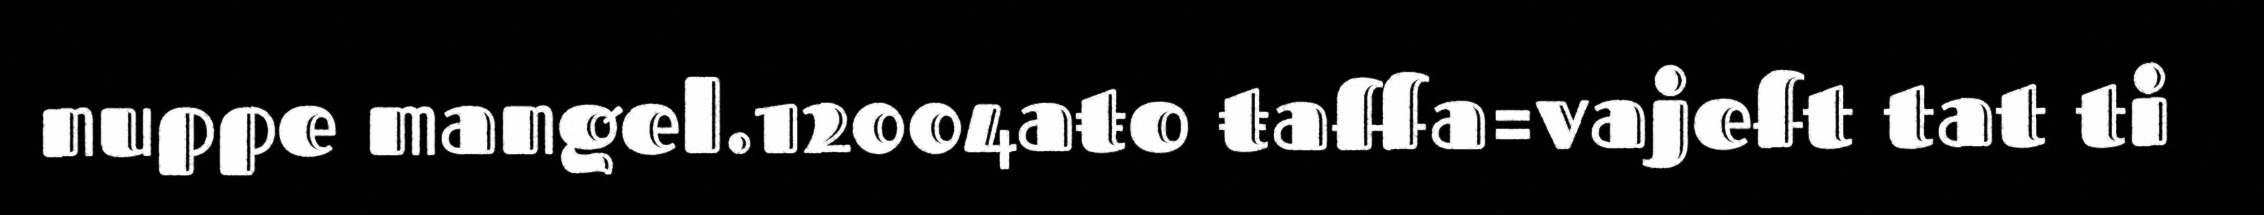
nuppe mangel.12004aŧo ŧaffa=vajeft tat ti